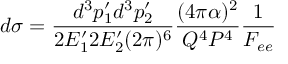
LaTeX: d \sigma = \frac { d ^ { 3 } p _ { 1 } ^ { \prime } d ^ { 3 } p _ { 2 } ^ { \prime } } { 2 E _ { 1 } ^ { \prime } 2 E _ { 2 } ^ { \prime } ( 2 \pi ) ^ { 6 } } \frac { ( 4 \pi \alpha ) ^ { 2 } } { Q ^ { 4 } P ^ { 4 } } \frac { 1 } { F _ { e e } }